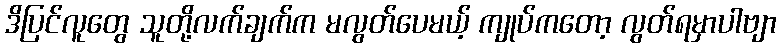
ဒိပြင်လူတွေ သူတို့လက်ချက်က မလွတ်ပေမယ့် ကျုပ်ကတော့ လွတ်ရမှာပါဗျာ